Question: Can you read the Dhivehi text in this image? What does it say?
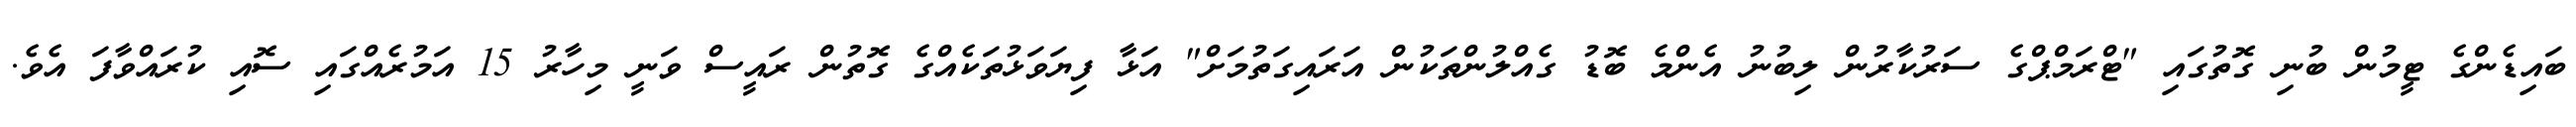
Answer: ބައިޑެންގެ ޓީމުން ބުނި ގޮތުގައި "ޓްރަމްޕްގެ ސަރުކާރުން ލިބުނު އެންމެ ބޮޑު ގެއްލުންތަކުން އަރައިގަތުމަށް" އަޅާ ފިޔަވަޅުތަކެއްގެ ގޮތުން ރައީސް ވަނީ މިހާރު 15 އަމުރެއްގައި ސޮއި ކުރައްވާފަ އެވެ.